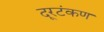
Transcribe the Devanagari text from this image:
दूरटंकण